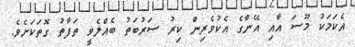
އެކަމަކު މޫސަ އާއި އޭނާގެ އެކުވެރިން ކިރު ސަރުބަތު ބެއްލެވީ ތަފާތު ގޮތަކަށެވެ.